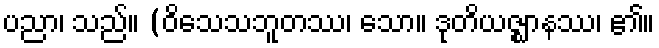
ပညာ၊ သည်။ (ဝိသေသဘူတဿ၊ သော။ ဒုတိယဇ္ဈာနဿ၊ ၏။